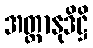
အတ္တာနုဒိဋ္ဌိ